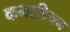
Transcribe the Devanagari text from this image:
कनाडियन